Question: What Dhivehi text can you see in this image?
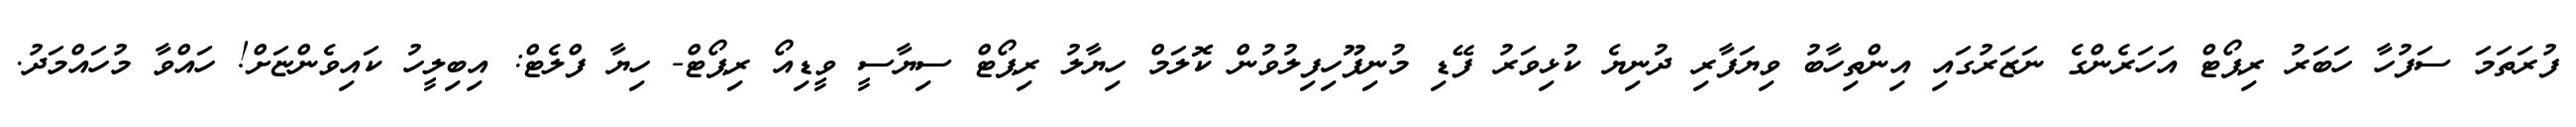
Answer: ފުރަތަމަ ސަފުހާ ހަބަރު ރިޕޯޓް އަހަރެންގެ ނަޒަރުގައި އިންތިހާބު ވިޔަފާރި ދުނިޔެ ކުޅިވަރު ފޭޑި މުނިފޫހިފިލުވުން ކޮލަމް ހިޔާލު ރިޕޯޓް ސިޔާސީ ވީޑިއޯ ރިޕޯޓް- ހިޔާ ފްލެޓް: އިބިލީހު ކައިވެންޏަށް! ހައްވާ މުހައްމަދު.